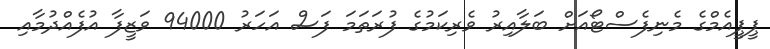
ޕީޕީއެމްގެ މެނިފެސްޓޯއަށް ބަލާއިރު ވެރިކަމުގެ ފުރަތަމަ ފަސް އަހަރު 94000 ވަޒީފާ އުފެއްދުމާއި